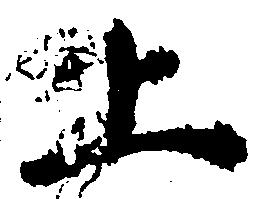
上